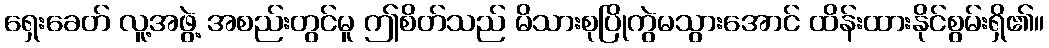
ရှေးခေတ် လူ့အဖွဲ့ အစည်းတွင်မူ ဤစိတ်သည် မိသားစုပြိုကွဲမသွားအောင် ထိန်းထားနိုင်စွမ်းရှိ၏။